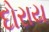
દોરાય